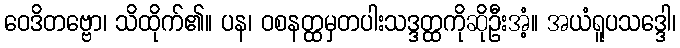
ဝေဒိတဗ္ဗော၊ သိထိုက်၏။ ပန၊ ဝစနတ္ထမှတပါးသဒ္ဒတ္ထကိုဆိုဦးအံ့။ အယံရူပသဒ္ဒေါ၊